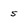
Character: 5